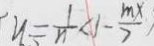
y = \frac { 1 } { n } < 1 - \frac { m x } { 7 }